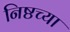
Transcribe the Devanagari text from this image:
निष्ठच्या